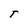
Character: T